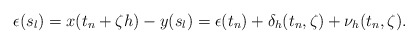
\begin{align*} \epsilon(s_l)=x(t_n+\zeta h)-y(s_l)=\epsilon(t_n)+\delta_h(t_n,\zeta)+ \nu_{h}(t_n,\zeta).\end{align*}